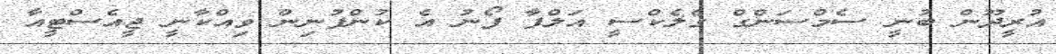
އުރީދޫން ބުނީ ސެމްސަންގް ގެލެކްސީ އަލްފާ ފޯނު އެ ކުންފުނިން ވިއްކާނީ ޖީއެސްޓީއާ